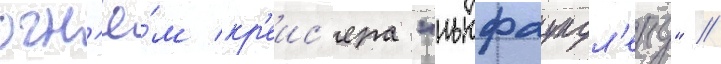
огн'ё́м кр'еис'ера "ньюфаундл'енд" //